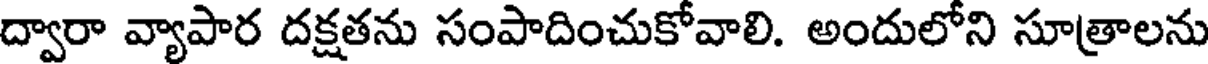
ద్వారా వ్యాపార దక్షతను సంపాదించుకోవాలి. అందులోని సూత్రాలను